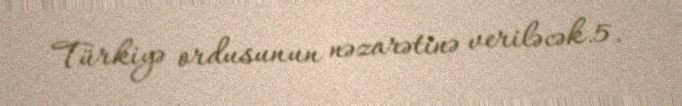
Türkiyə ordusunun nəzarətinə veriləcək.5.